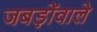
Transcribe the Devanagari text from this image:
जबड़ोंवाले